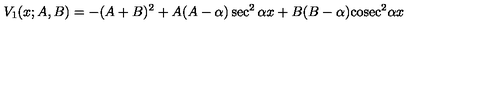
V _ { 1 } ( x ; A , B ) = - ( A + B ) ^ { 2 } + A ( A - \alpha ) \sec ^ { 2 } \alpha x + B ( B - \alpha ) \mathrm { c o s e c } ^ { 2 } \alpha x